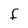
Character: F